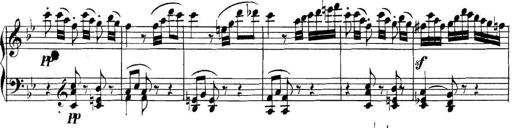
Title: Collected Piano Sonatas
Composer: Muzio Clementi